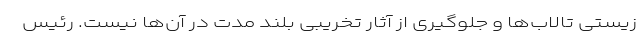
زیستی تالاب‌ها و جلوگیری از آثار تخریبی بلند مدت در آن‌ها نیست. رئیس